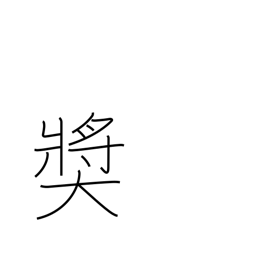
Meaning: give award to